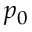
p _ { 0 }